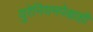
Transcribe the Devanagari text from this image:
युरेनियमपेक्षाही